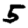
Digit: 5